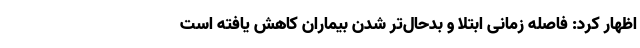
اظهار کرد: فاصله زمانی ابتلا و بدحال‌تر شدن بیماران کاهش یافته است